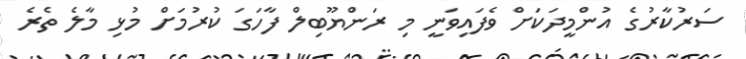
ސަރުކާރުގެ އުންމީދަކަށް ވެފައިވަނީ މި ރަންޔޫބިލް ފާހަގަ ކުރުމަށް މުޅި މާލެ ތެރެ